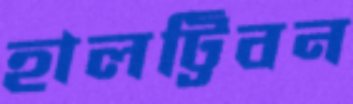
হালট্টিবন